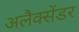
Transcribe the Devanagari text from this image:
अलैक्सेंडर